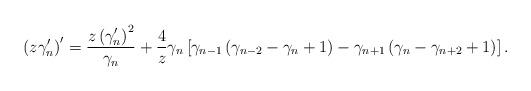
LaTeX: \begin{align*}\left( z\gamma_{n}^{\prime}\right) ^{\prime}=\frac{z\left( \gamma_{n}^{\prime}\right) ^{2}}{\gamma_{n}}+\frac{4}{z}\gamma_{n}\left[\gamma_{n-1}\left( \gamma_{n-2}-\gamma_{n}+1\right) -\gamma_{n+1}\left(\gamma_{n}-\gamma_{n+2}+1\right) \right] . \end{align*}